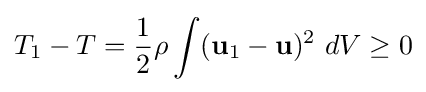
T_{1}-T={\frac {1}{2}}\rho \int (\mathbf {u} _{1}-\mathbf {u} )^{2}\ dV\geq 0